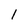
Character: 1